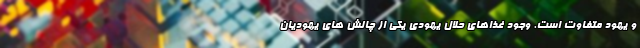
و یهود متفاوت است. وجود غذاهای حلال یهودی یکی از چالش های یهودیان